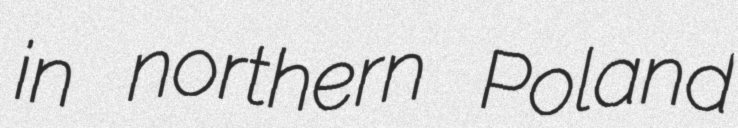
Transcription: in northern Poland